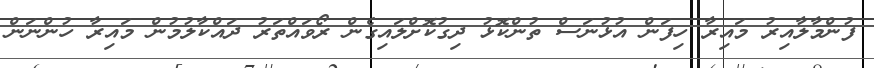
ފުންމާލާއިރު މައިރާ ހިފަން އުޅުނަސް ތުންކޮޅު ދިގުކޮށްލައިގެން ރޯވައްތަރު ދައްކާލުމުން މައިރާ ހުންނަން